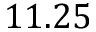
1 1 . 2 5